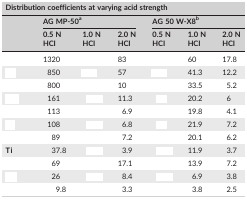
<table><thead><tr><td colspan="7"><b>Distribution coefficients at varying acid strength</b></td></tr><tr><td rowspan="2">[EMPTY_CELL]</td><td colspan="3"><b>AG MP‐50a</b></td><td colspan="3"><b>AG 50 W‐X8b</b></td></tr><tr><td><b>0.5 N HCI</b></td><td><b>1.0 N HCI</b></td><td><b>2.0 N HCI</b></td><td><b>0.5 N HCI</b></td><td><b>1.0 N HCI</b></td><td><b>2.0 N HCI</b></td></tr></thead><tbody><tr><td>[EMPTY_CELL]</td><td>1320</td><td>[EMPTY_CELL]</td><td>83</td><td>[EMPTY_CELL]</td><td>60</td><td>17.8</td></tr><tr><td>[EMPTY_CELL]</td><td>850</td><td>[EMPTY_CELL]</td><td>57</td><td>[EMPTY_CELL]</td><td>41.3</td><td>12.2</td></tr><tr><td>[EMPTY_CELL]</td><td>800</td><td>[EMPTY_CELL]</td><td>10</td><td>[EMPTY_CELL]</td><td>33.5</td><td>5.2</td></tr><tr><td>[EMPTY_CELL]</td><td>161</td><td>[EMPTY_CELL]</td><td>11.3</td><td>[EMPTY_CELL]</td><td>20.2</td><td>6</td></tr><tr><td>[EMPTY_CELL]</td><td>113</td><td>[EMPTY_CELL]</td><td>6.9</td><td>[EMPTY_CELL]</td><td>19.8</td><td>4.1</td></tr><tr><td>[EMPTY_CELL]</td><td>108</td><td>[EMPTY_CELL]</td><td>6.8</td><td>[EMPTY_CELL]</td><td>21.9</td><td>7.2</td></tr><tr><td>[EMPTY_CELL]</td><td>89</td><td>[EMPTY_CELL]</td><td>7.2</td><td>[EMPTY_CELL]</td><td>20.1</td><td>6.2</td></tr><tr><td><b>Ti</b></td><td>37.8</td><td>[EMPTY_CELL]</td><td>3.9</td><td>[EMPTY_CELL]</td><td>11.9</td><td>3.7</td></tr><tr><td>[EMPTY_CELL]</td><td>69</td><td>[EMPTY_CELL]</td><td>17.1</td><td>[EMPTY_CELL]</td><td>13.9</td><td>7.2</td></tr><tr><td>[EMPTY_CELL]</td><td>26</td><td>[EMPTY_CELL]</td><td>8.4</td><td>[EMPTY_CELL]</td><td>6.9</td><td>3.8</td></tr><tr><td>[EMPTY_CELL]</td><td>9.8</td><td>[EMPTY_CELL]</td><td>3.3</td><td>[EMPTY_CELL]</td><td>3.8</td><td>2.5</td></tr></tbody></table>